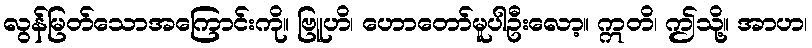
လွန်မြတ်သောအကြောင်းကို။ ဗြူဟိ၊ ဟောတော်မူပါဦးလော့။ ဣတိ၊ ဤသို့။ အာဟ၊